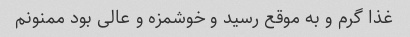
غذا گرم و به موقع رسید و خوشمزه و عالی بود ممنونم